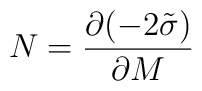
N = \frac{\partial(-2\tilde\sigma)}{\partial M}